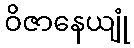
ဝိဇာနေယျုံ